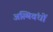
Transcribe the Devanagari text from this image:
अस्थिवंधों